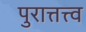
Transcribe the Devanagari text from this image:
पुरात्तत्त्व